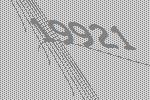
19921